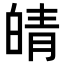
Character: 皘